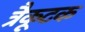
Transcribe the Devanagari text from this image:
त्रैकूटक